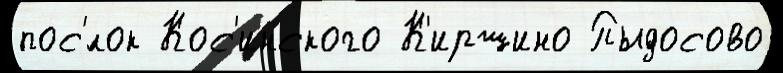
пос'́лок Кос'инского К'иршино Пыдосово